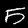
Label: 5